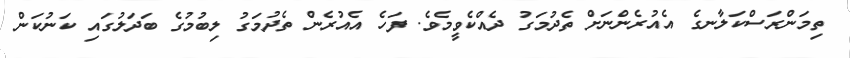
ތިމަންރަސްކަލާނގެ އެއުރެންނަށް ތެދުމަގު ދެއްކެވީމެވެ. ފަހެ އެއުރެން ތެދުމަގު ލިބުމުގެ ބަދަލުގައި ކަނުކަން